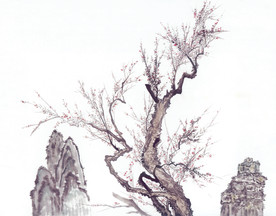
城边有古树，日夕连秋声。